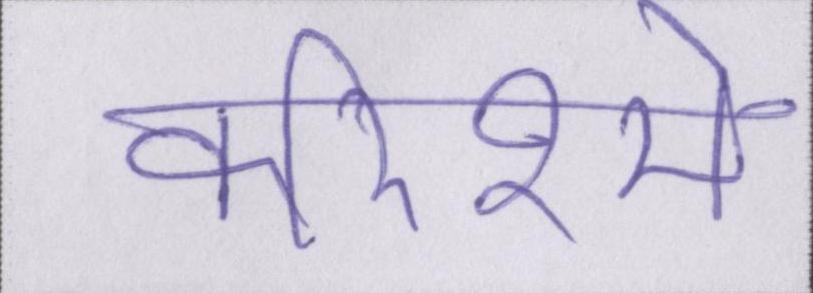
करिश्मे